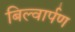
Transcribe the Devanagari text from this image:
बिल्वार्पण